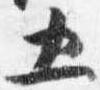
五